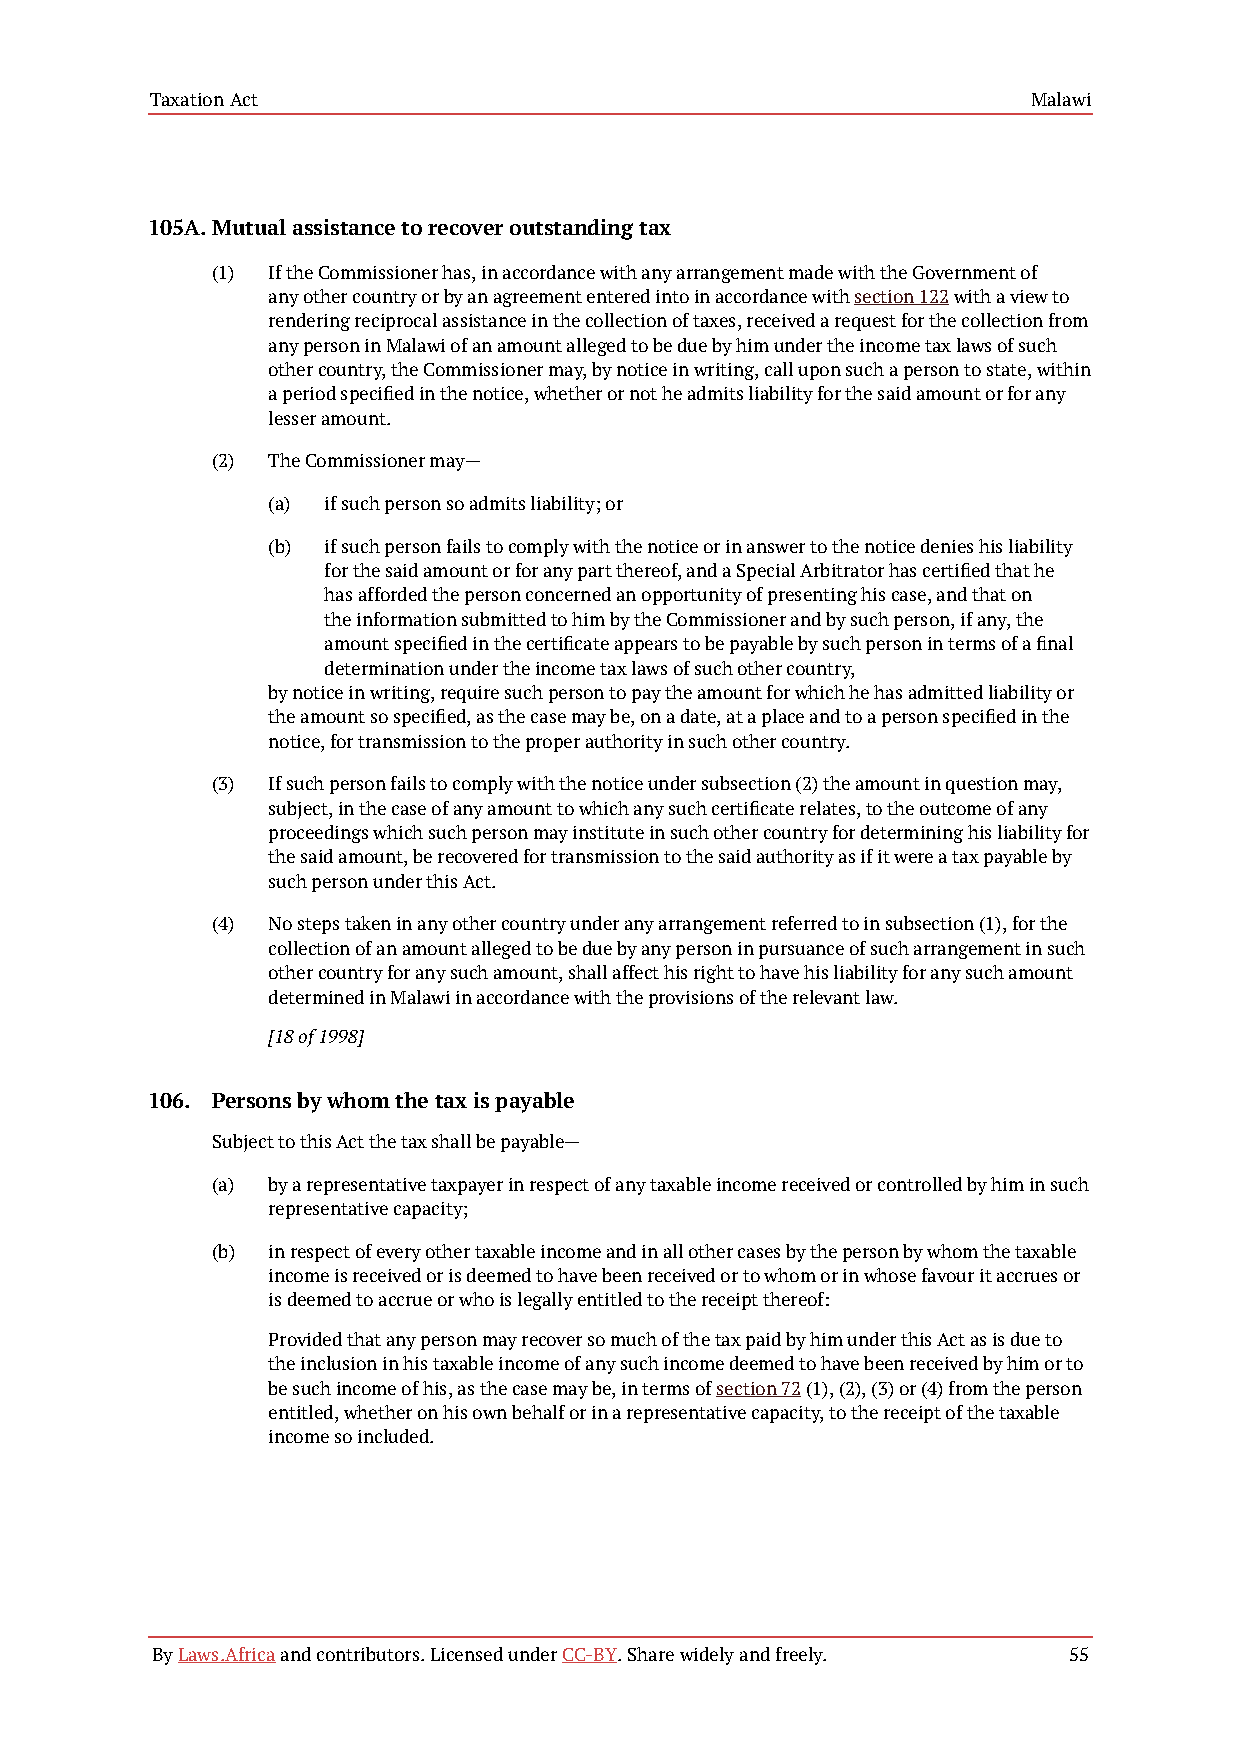
Taxation Act                                              Malawi
 105A.Mutual assistance to recover outstanding tax
 (1) If the Commissioner has, in accordance with any arrangement made with the Government of
 any other country or by an agreement entered into in accordance with section 122 with a view to
 rendering reciprocal assistance in the collection of taxes, received a request for the collection from
 any person in Malawi of an amount alleged to be due by him under the income tax laws of such
 other country, the Commissioner may, by notice in writing, call upon such a person to state, within
 a period specified in the notice, whether or not he admits liability for the said amount or for any
 lesser amount.
 (2) The Commissioner may—
 (a) if such person so admits liability; or
 (b) if such person fails to comply with the notice or in answer to the notice denies his liability
 for the said amount or for any part thereof, and a Special Arbitrator has certified that he
 has afforded the person concerned an opportunity of presenting his case, and that on
 the information submitted to him by the Commissioner and by such person, if any, the
 amount specified in the certificate appears to be payable by such person in terms of a final
 determination under the income tax laws of such other country,
 by notice in writing, require such person to pay the amount for which he has admitted liability or
 the amount so specified, as the case may be, on a date, at a place and to a person specified in the
 notice, for transmission to the proper authority in such other country.
 (3) If such person fails to comply with the notice under subsection (2) the amount in question may,
 subject, in the case of any amount to which any such certificate relates, to the outcome of any
 proceedings which such person may institute in such other country for determining his liability for
 the said amount, be recovered for transmission to the said authority as if it were a tax payable by
 such person under this Act.
 (4) No steps taken in any other country under any arrangement referred to in subsection (1), for the
 collection of an amount alleged to be due by any person in pursuance of such arrangement in such
 other country for any such amount, shall affect his right to have his liability for any such amount
 determined in Malawi in accordance with the provisions of the relevant law.
 [18 of 1998]
 106. Persons by whom the tax is payable
 Subject to this Act the tax shall be payable—
 (a) by a representative taxpayer in respect of any taxable income received or controlled by him in such
 representative capacity;
 (b) in respect of every other taxable income and in all other cases by the person by whom the taxable
 income is received or is deemed to have been received or to whom or in whose favour it accrues or
 is deemed to accrue or who is legally entitled to the receipt thereof:
 Provided that any person may recover so much of the tax paid by him under this Act as is due to
 the inclusion in his taxable income of any such income deemed to have been received by him or to
 be such income of his, as the case may be, in terms of section 72 (1), (2), (3) or (4) from the person
 entitled, whether on his own behalf or in a representative capacity, to the receipt of the taxable
 income so included.
 By Laws.Africa and contributors. Licensed under CC-BY. Share widely and freely. 55